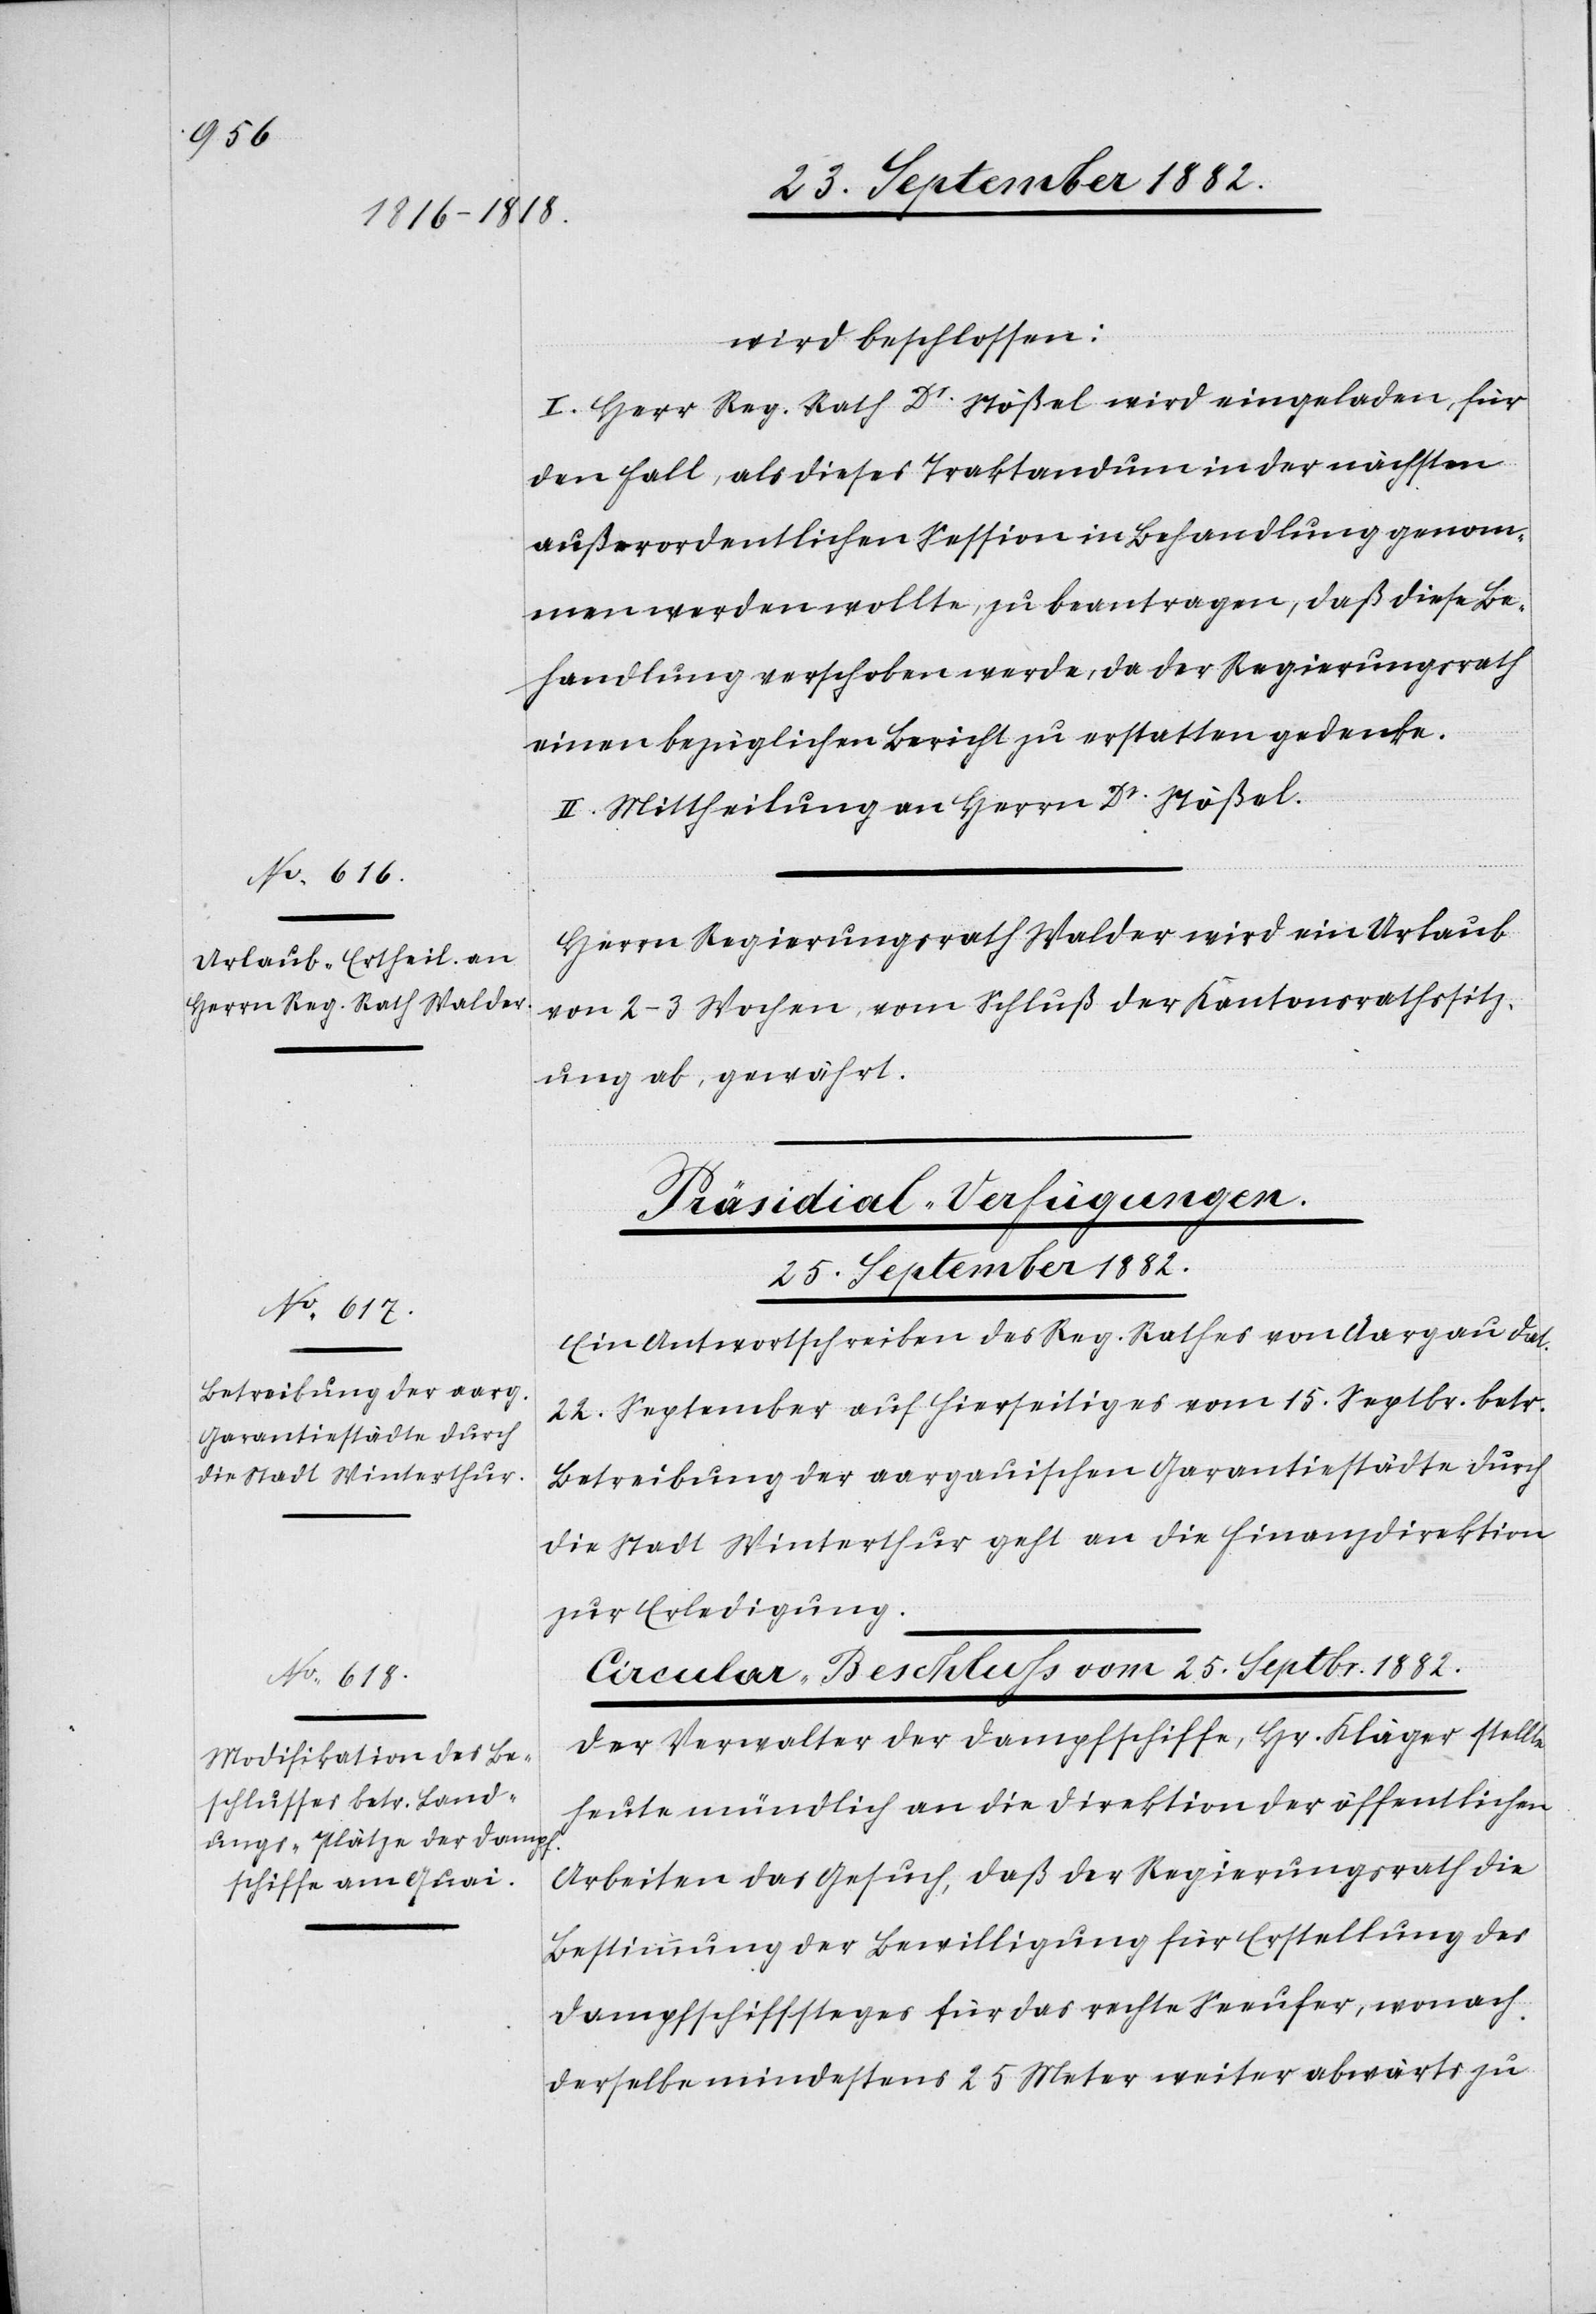
25. September 1882.
wird beschlossen:
I. Herr Reg. Rath Dr Stößel wird eingeladen, für
den Fall, als dieses Traktandum in der nächsten
außerordentlichen Session in Behandlung genom¬
men werden wollte, zu beantragen, daß diese Be¬
handlung verschoben werde, da der Regierungsrath
einen bezüglichen Bericht zu erstatten gedenke.
II. Mittheilung an Herrn Dr Stößel.
Herrn Regierungsrath Walder wird ein Urlaub
von 2–3 Wochen, vom Schluß der Kantonsrathssitz¬
ung ab, gewährt.
Präsidial-Verfügungen.
Ein Antwortschreiben des Reg. Rathes von Aargau dat.
22. September auf hierseitiges vom 15. Septbr. betr.
Betreibung der aargauischen Garantiestädte durch
die Stadt Winterthur geht an die Finanzdirektion
zur Erledigung.
Circular-Beschluß vom 25. Septbr. 1882.
Der Verwalter der Dampfschiffe, Hr. Kläger, stellte
heute mündlich an die Direktion der öffentlichen
Arbeiten das Gesuch, daß der Regierungsrath die
Bestimmung der Bewilligung für Erstellung des
Dampfschiffsteges für das rechte Seeufer, wonach
derselbe mindestens 25 Meter weiter abwärts zu